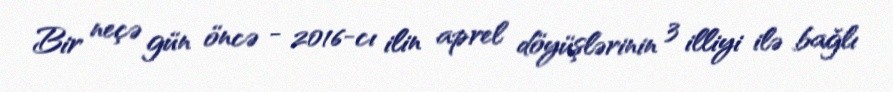
Bir neçə gün öncə - 2016-cı ilin aprel döyüşlərinin 3 illiyi ilə bağlı